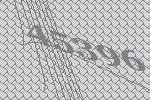
45396